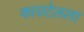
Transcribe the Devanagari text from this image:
कायटेलला